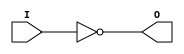
// $Header: /devl/xcs/repo/env/Databases/CAEInterfaces/verunilibs/data/unisims/INV.v,v 1.6 2007/05/23 21:43:36 patrickp Exp $
///////////////////////////////////////////////////////////////////////////////
// Copyright (c) 1995/2004 Xilinx, Inc.
// All Right Reserved.
///////////////////////////////////////////////////////////////////////////////
//   ____  ____
//  /   /\/   /
// /___/  \  /    Vendor : Xilinx
// \   \   \/     Version : 10.1
//  \   \         Description : Xilinx Functional Simulation Library Component
//  /   /                  Inverter
// /___/   /\     Filename : INV.v
// \   \  /  \    Timestamp : Thu Mar 25 16:42:37 PST 2004
//  \___\/\___\
//
// Revision:
//    03/23/04 - Initial version.
//    05/23/07 - Changed timescale to 1 ps / 1 ps.

`timescale  1 ps / 1 ps


module INV (O, I);

    output O;

    input  I;

	not N1 (O, I);

endmodule